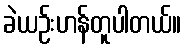
ခဲယဉ်းဟန်တူပါတယ်။